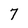
Character: 7